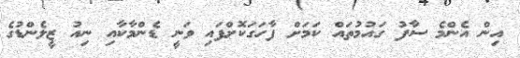
އިން އެންމެ ސާފު ގައުމުތައް ކަމަށް ފާހަގަކޮށްފައި ވަނީ ޑެންމާކާއި ނިއު ޒީލެންޑުގެ